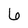
Character: 6